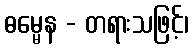
ဓမ္မေန - တရားသဖြင့်၊